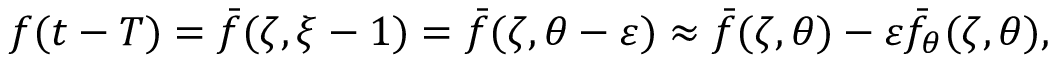
f ( t - T ) = \bar { f } ( \zeta , \xi - 1 ) = \bar { f } ( \zeta , \theta - \varepsilon ) \approx \bar { f } ( \zeta , \theta ) - \varepsilon \bar { f } _ { \theta } ( \zeta , \theta ) ,